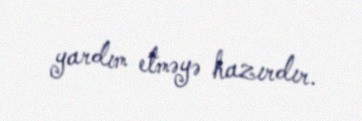
yardım etməyə hazırdır.